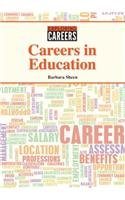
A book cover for Careers in Education (Exploring Careers); Barbara Sheen; Teen & Young Adult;